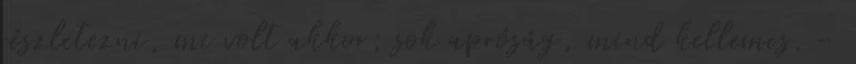
részletezni, mi volt akkor; sok apróság, mind kellemes. -